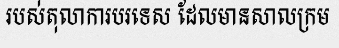
របស់តុលាការបរទេស ដែលមានសាលក្រម